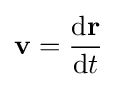
\mathbf {v} ={\mathrm {d} \mathbf {r}  \over \mathrm {d} t}\,\!